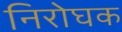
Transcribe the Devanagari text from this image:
निरोघक